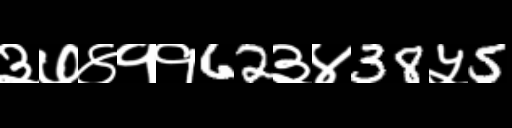
Text: ३७४११62३४38५5